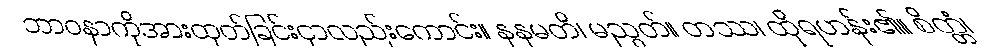
ဘာဝနာကိုအားထုတ်ခြင်းငှာလည်းကောင်း။ နနမတိ၊ မညွတ်။ တဿ၊ ထိုရဟန်း၏။ စိတ္တံ၊